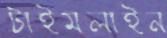
টাইমলাইন